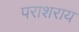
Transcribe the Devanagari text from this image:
पराशराय